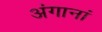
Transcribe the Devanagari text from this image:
अंगानां